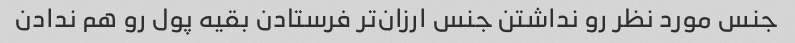
جنس مورد نظر رو نداشتن جنس ارزان‌تر فرستادن بقیه پول رو هم ندادن